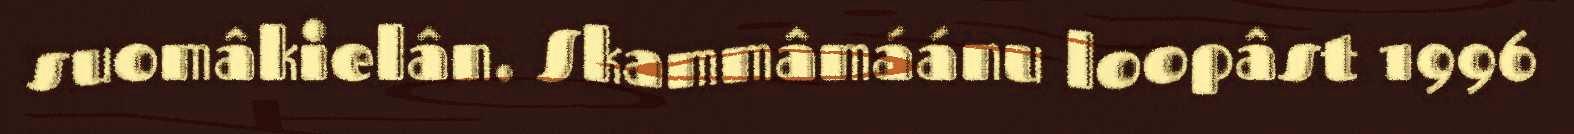
suomâkielân. Skammâmáánu loopâst 1996